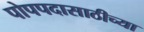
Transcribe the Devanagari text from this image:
पोपपदासाठीच्या